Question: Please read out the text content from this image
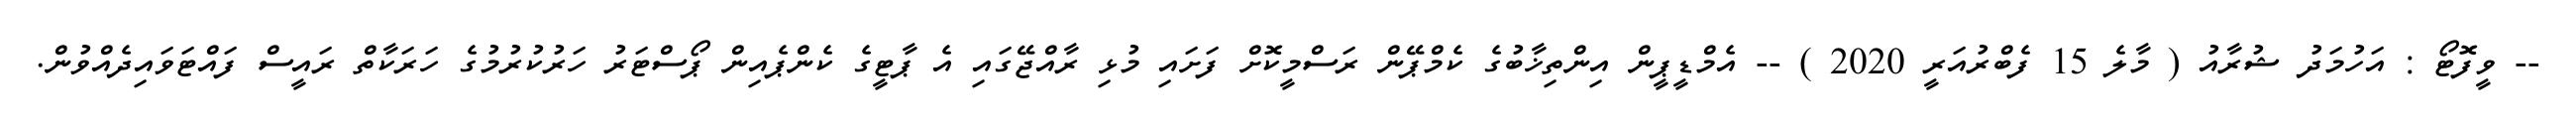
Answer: -- ވީފޮޓޯ : އަހުމަދު ޝުރާއު ( މާލެ 15 ފެބްރުއަރީ 2020 ) -- އެމްޑީޕީން އިންތިޚާބުގެ ކެމްޕޭން ރަސްމީކޮށް ފަށައި މުޅި ރާއްޖޭގައި އެ ޕާޓީގެ ކެންޕެއިން ޕޯސްޓަރު ހަރުކުރުމުގެ ހަރަކާތް ރައީސް ފައްޓަވައިދެއްވުން.